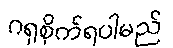
ဂရုစိုက်ရပါမည်